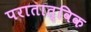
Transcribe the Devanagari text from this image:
परातात्विक